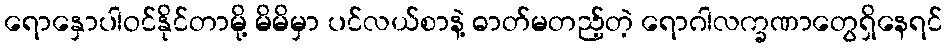
ရောနှောပါဝင်နိုင်တာမို့ မိမိမှာ ပင်လယ်စာနဲ့ ဓာတ်မတည့်တဲ့ ရောဂါလက္ခဏာတွေရှိနေရင်